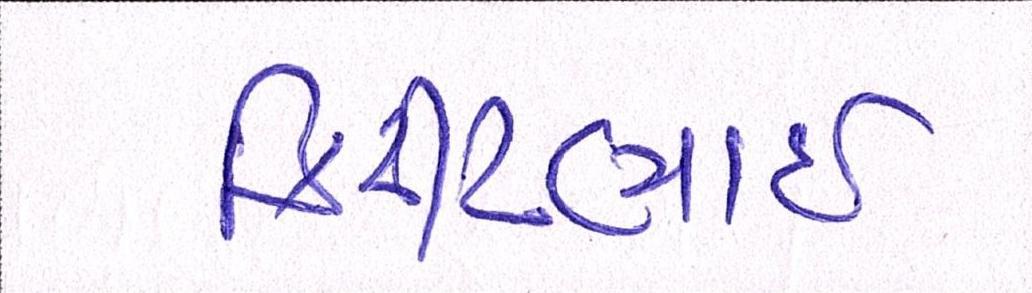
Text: કિરીટભાઈ